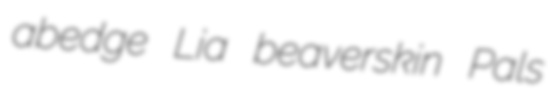
abedge Lia beaverskin Pals